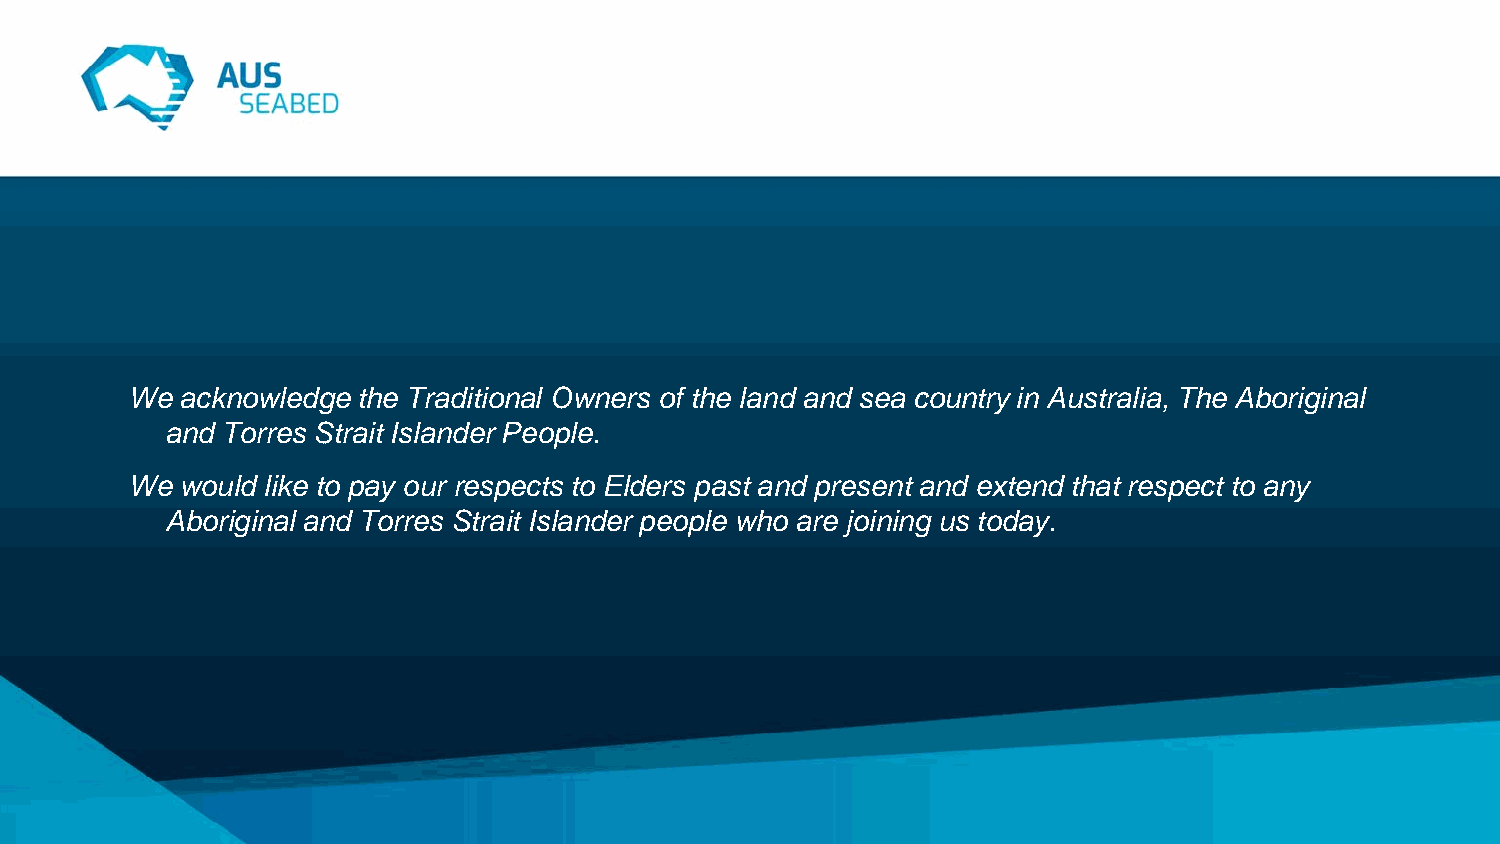
We  acknowledge the Traditional Owners of the land and sea country in Australia, The Aboriginal
 and Torres Strait Islander People.
 We  would like to pay our respects to Elders past and present and extend that respect to any
 Aboriginal and Torres Strait Islander people who are joining us today.